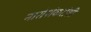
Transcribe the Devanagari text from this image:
नारोशंकरांशी